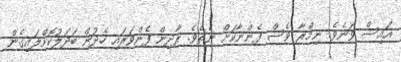
އައިސް ވަނެވެ. ނިމްރާ ވެސް ފެންނާކަށް ނެތެވެ. ރާދިން ފެންވަރައި ހެދުން ބަދަލުކޮށްލައިގެން